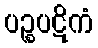
ပဉ္စပဋိကံ